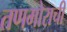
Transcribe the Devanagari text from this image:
तणमोराची